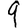
Digit: 9